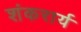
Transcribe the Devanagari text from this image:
शंकरार्य